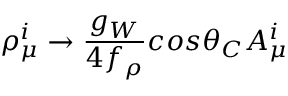
\rho _ { \mu } ^ { i } \rightarrow { \frac { g _ { W } } { 4 f _ { \rho } } } c o s \theta _ { C } A _ { \mu } ^ { i }